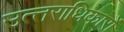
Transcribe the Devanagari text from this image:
उत्‍तराधिकारों